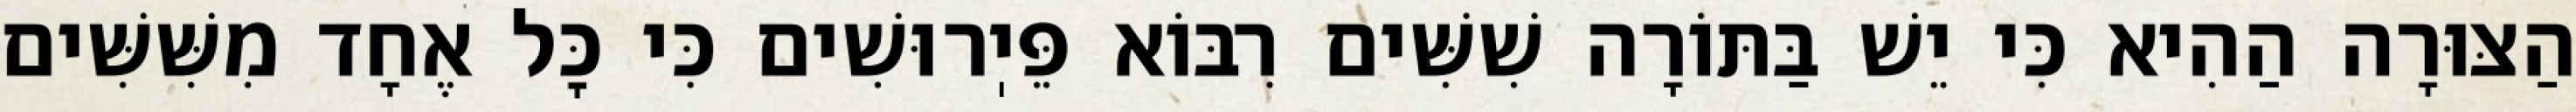
הַצּוּרָה הַהִיא כִּי יֵשׁ בַּתּוֹרָה שִׁשִּׁים רִבּוֹא פֵּיֽרוּשִׁים כִּי כׇּל אֶחָד מִשִּׁשִּׁים